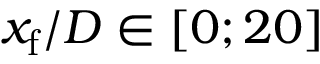
x _ { \mathrm { f } } / D \in [ 0 ; 2 0 ]